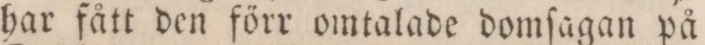
har fått den förr omtalade domſagan på